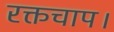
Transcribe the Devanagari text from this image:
रक्तचाप।